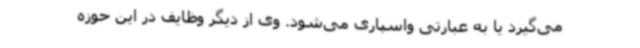
می‌گیرد یا به عبارتی واسپاری می‌شود. وی از دیگر وظایف در این حوزه